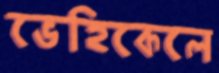
ভেহিকেলে